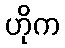
ဟိုက